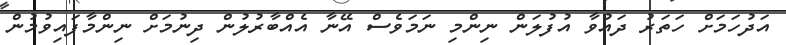
އަދުހަމަށް ހަތަރު ދައުވާ އުފުލަން ނިންމި ނަމަވެސް އޭނާ އެއްބާރުލުން ދިނުމަށް ނިންމާފައިވުމުން